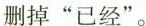
删掉”已经”。